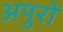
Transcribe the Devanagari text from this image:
अपुरों